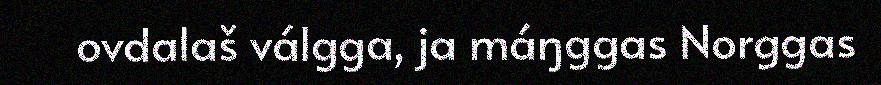
ovdalaš válgga, ja máŋggas Norggas